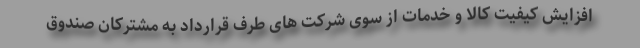
افزایش کیفیت کالا و خدمات از سوی شرکت های طرف قرارداد به مشترکان صندوق